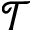
\mathcal { T }